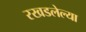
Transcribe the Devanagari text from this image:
रखडलेल्या